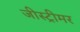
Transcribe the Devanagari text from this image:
जीस्ट्रीमर